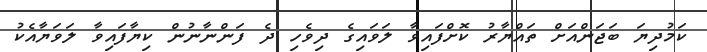
ކަމުދިޔަ ބަޖަންއަށް ތައްޔާރު ކޮށްފައިވާ ލަވައިގެ ދިވެހި ދެ ފަންނާނުން ކިޔާފައިވާ ލަވަޔާއެކު